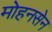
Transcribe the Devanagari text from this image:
मोहनसेन